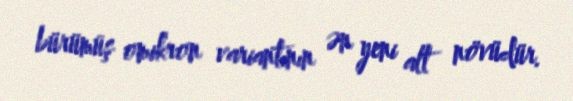
bürümüş omikron variantının ən yeni alt növüdür.